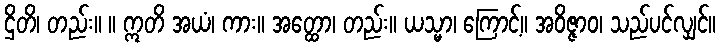
ဌိတိ၊ တည်း။ ။ ဣတိ အယံ၊ ကား။ အတ္ထော၊ တည်း။ ယသ္မာ၊ ကြောင့်။ အဝိဇ္ဇာဝ၊ သည်ပင်လျှင်။